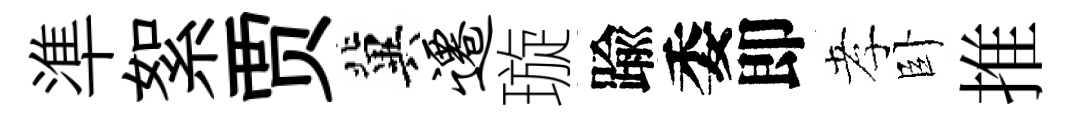
準絮贾冀迁璇踰委即孝卧推